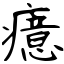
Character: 癔